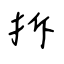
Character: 拆